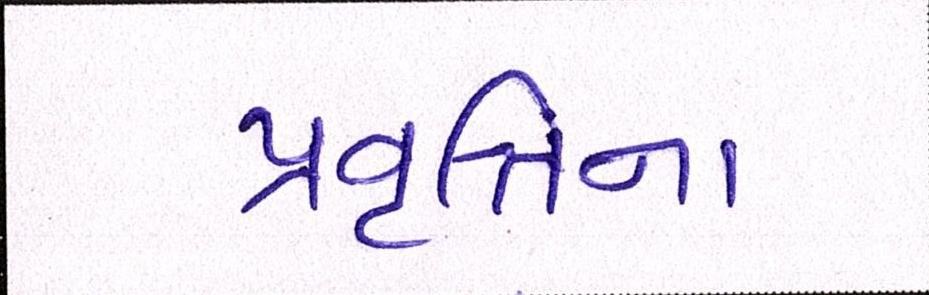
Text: પ્રવૃત્તિના